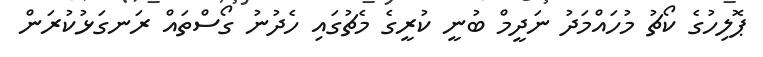
ޕޮލިހުގެ ކޯޗު މުހައްމަދު ނަދީމް ބުނީ ކުރީގެ މެޗުގައި ހެދުނު ގޯސްތައް ރަނގަޅުކުރަން